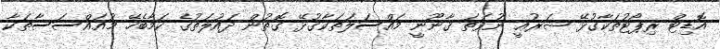
އޮޑިޓް ރިޕޯޓުތަކާގުޅޭ ޝަރުޢީ ނުވަތަ ޤާނޫނީ މައްސަލަތަކާގުޅޭ ގޮތުން ދައުލަތުގެ ކަމާބެހޭ މުއައްސަސާތަކާ